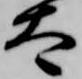
太